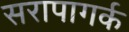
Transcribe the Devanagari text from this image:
सरापागर्क